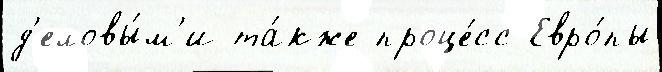
д'еловы́м'и та́кже проце́сс Евро́пы